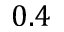
0 . 4